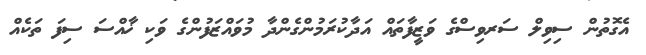
އެގޮތުން ސިވިލް ސަރވިސްގެ ވަޒީފާތައް އަދާކުރަމުންގެންދާ މުވައްޒަފުންގެ ވަކި ޚާއްސަ ސިފަ ތަކެއް